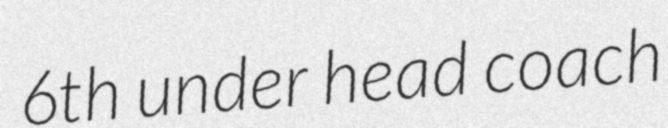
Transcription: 6th under head coach